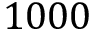
1 0 0 0